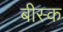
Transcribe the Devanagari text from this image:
बीस्क